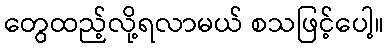
တွေထည့်လို့ရလာမယ် စသဖြင့်ပေါ့။